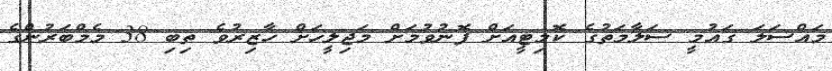
މައްސަލަ ގައުމީ ސަލާމަތުގެ ކޮމިޓީއަށް ފޮނުވުމަށް މަޖިލީހަށް ހާޒިރުވެ ތިބި 38 މެމްބަރުންގެ